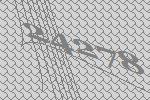
24278